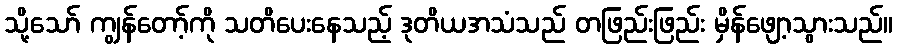
သို့သော် ကျွန်တော့်ကို သတိပေးနေသည့် ဒုတိယအသံသည် တဖြည်းဖြည်း မှိန်ဖျော့သွားသည်။